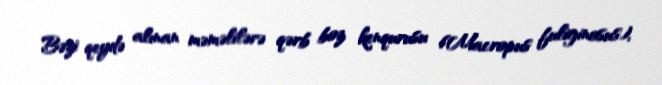
Bəzi qeydə alınan məməlilərə qərb boz kenqurusu (Macropus fuliginosus),